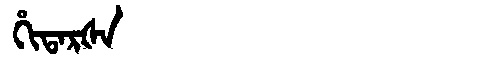
Manchu: ᡥᡳᡨᠠᡵᡧᠠ
Romanization: HITARŠA